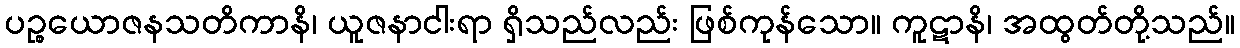
ပဉ္စယောဇနသတိကာနိ၊ ယူဇနာငါးရာ ရှိသည်လည်း ဖြစ်ကုန်သော။ ကူဋာနိ၊ အထွတ်တို့သည်။